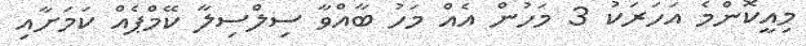
މިއީކޮންމެ އަހަރަކު 3 މަހުން އެއް މަހު ބާއްވާ ސިލްސިލާ ކޭމްޕެއް ކަމަށާއި